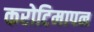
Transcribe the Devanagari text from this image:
करोटिमापन